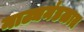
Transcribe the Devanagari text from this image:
नाट्यमंडळात